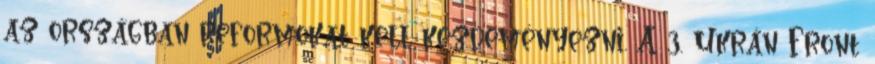
az országban reformokat kell kezdeményezni. A 3. Ukrán Front